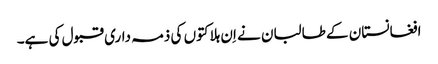
افغانستان کے طالبان نے اِن ہلاکتوں کی ذمہ داری قبول کی ہے۔